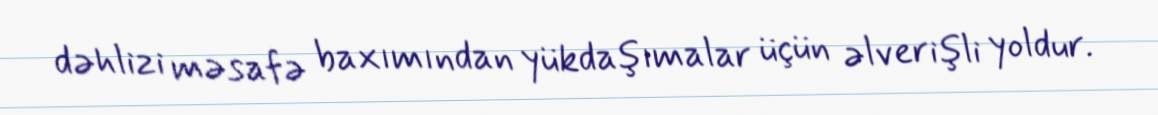
dəhlizi məsafə baxımından yükdaşımalar üçün əlverişli yoldur.